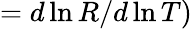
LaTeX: =d\ln{R}/d\ln{T})